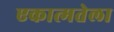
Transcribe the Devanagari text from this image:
एकात्मतेला